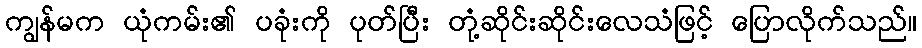
ကျွန်မက ယုံကမ်း၏ ပခုံးကို ပုတ်ပြီး တုံ့ဆိုင်းဆိုင်းလေသံဖြင့် ပြောလိုက်သည်။